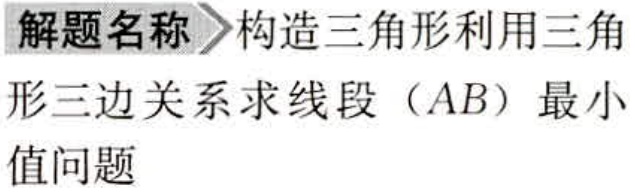
解题名称 构造三角形利用三角形三边关系求线段（AB）最小值问题